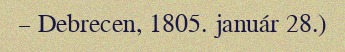
– Debrecen, 1805. január 28.)